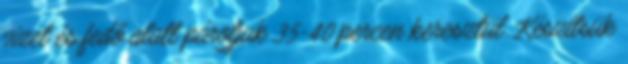
vizet és fedő alatt pároljuk 35-40 percen keresztül. Készítsük